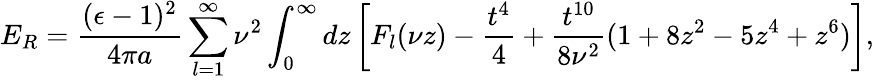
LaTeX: E_{R}={\frac{(\epsilon-1)^{2}}{4\pi a}}\sum_{l=1}^{\infty}\nu^{2}\int_{0}^{\infty}dz\left[F_{l}(\nu z)-{\frac{t^{4}}{4}}+{\frac{t^{10}}{8\nu^{2}}}(1+8z^{2}-5z^{4}+z^{6})\right],